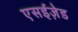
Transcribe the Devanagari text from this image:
एसईज़ेड